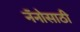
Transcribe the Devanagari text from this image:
नॅनोसाठी